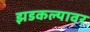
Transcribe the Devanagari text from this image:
झडकल्यावर